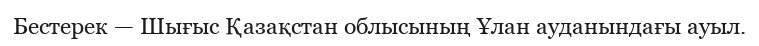
Бестерек — Шығыс Қазақстан облысының Ұлан ауданындағы ауыл.